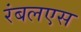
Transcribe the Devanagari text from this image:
रंबलएस